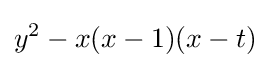
y^{2}-x(x-1)(x-t)